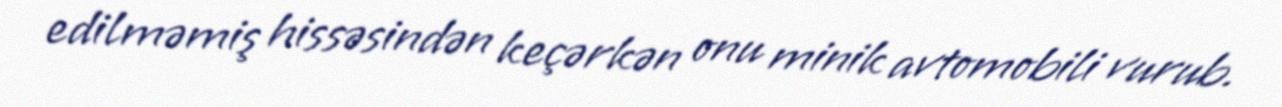
edilməmiş hissəsindən keçərkən onu minik avtomobili vurub.